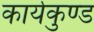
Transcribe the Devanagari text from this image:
कार्यकुण्ड